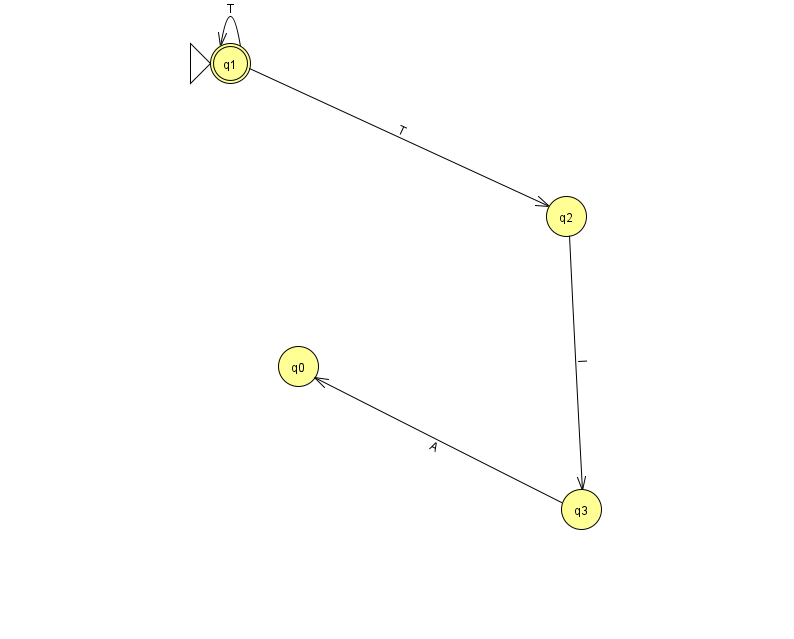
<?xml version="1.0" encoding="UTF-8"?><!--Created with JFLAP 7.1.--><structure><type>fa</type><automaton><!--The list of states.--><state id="0" name="q0"><x>298.0</x><y>353.0</y></state><state id="1" name="q1"><x>230.0</x><y>50.0</y><initial/><final/></state><state id="2" name="q2"><x>566.0</x><y>203.0</y></state><state id="3" name="q3"><x>581.0</x><y>496.0</y></state><!--The list of transitions.--><transition><from>3</from><to>0</to><read>A</read></transition><transition><from>1</from><to>1</to><read>T</read></transition><transition><from>1</from><to>2</to><read>T</read></transition><transition><from>2</from><to>3</to><read>I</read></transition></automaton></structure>